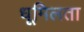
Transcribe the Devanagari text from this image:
धूमिलता